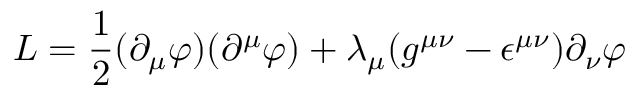
{ \cal L } = \frac { 1 } { 2 } ( \partial _ { \mu } \varphi ) ( \partial ^ { \mu } \varphi ) + \lambda _ { \mu } ( g ^ { \mu \nu } - \epsilon ^ { \mu \nu } ) \partial _ { \nu } \varphi